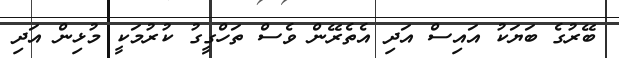
ބޭރުގެ ބަޔަކު އައިސް އަދި އެތެރޭން ވެސް ތަހްގީގު ކުރުމަކީ މުޅިން އަދި